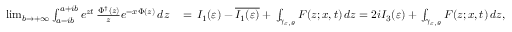
\begin{array} { r l } { \operatorname* { l i m } _ { b \to + \infty } \int _ { a - i b } ^ { a + i b } e ^ { z t } \, \frac { \Phi ^ { \dagger } ( z ) } { z } e ^ { - x \Phi ( z ) } \, d z \, } & { = \, I _ { 1 } ( \varepsilon ) - \overline { { I _ { 1 } ( \varepsilon ) } } + \, \int _ { \gamma _ { \varepsilon , \theta } } F ( z ; x , t ) \, d z = 2 i I _ { 3 } ( \varepsilon ) + \, \int _ { \gamma _ { \varepsilon , \theta } } F ( z ; x , t ) \, d z , } \end{array}